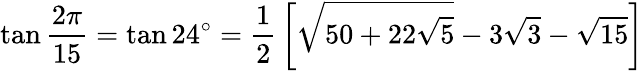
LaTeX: \tan{\frac{2\pi}{15}}=\tan 24^{\circ}={\frac{1}{2}}\left[{\sqrt{50+22{\sqrt{5}}}}-3{\sqrt{3}}-{\sqrt{15}}\right]